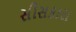
સીસકારા